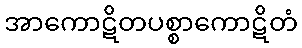
အာကောဋိတပစ္စာကောဋိတံ